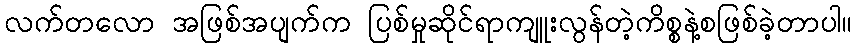
လက်တလော အဖြစ်အပျက်က ပြစ်မှုဆိုင်ရာကျူးလွန်တဲ့ကိစ္စနဲ့စဖြစ်ခဲ့တာပါ။